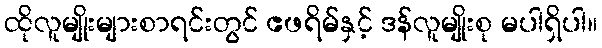
ထိုလူမျိုးများစာရင်းတွင် ဧဖရိမ်နှင့် ဒန်လူမျိုးစု မပါရှိပါ။